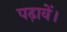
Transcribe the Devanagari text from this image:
पढ़ावें।